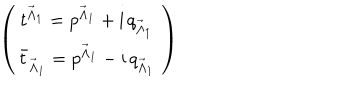
\left( \begin{matrix} { { t ^ { { \vec { \Lambda } } _ { 1 } } = p ^ { { \vec { \Lambda } } _ { 1 } } + \mathrm { i } \, q _ { { \vec { \Lambda } } _ { 1 } } \, } } \\ { { { \bar { t } } _ { { \vec { \Lambda } } _ { 1 } } = p ^ { { \vec { \Lambda } } _ { 1 } } - \mathrm { i } \, q _ { { \vec { \Lambda } } _ { 1 } } \, } } \\ \end{matrix} \right)